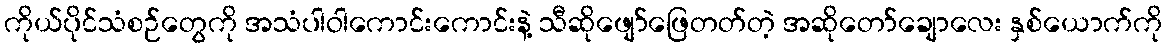
ကိုယ်ပိုင်သံစဉ်တွေကို အသံပါဝါကောင်းကောင်းနဲ့ သီဆိုဖျော်ဖြေတတ်တဲ့ အဆိုတော်ချောလေး နှစ်ယောက်ကို